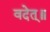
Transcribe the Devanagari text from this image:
वदेत्॥